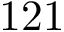
1 2 1